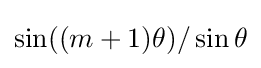
\sin((m+1)\theta )/\sin \theta